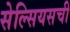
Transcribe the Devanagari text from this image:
सेल्सियसची